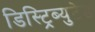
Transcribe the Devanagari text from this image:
डिस्ट्रिब्युटेड